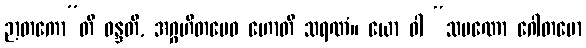
ဉာတကော”တိ ဝန္ဒတိ, အဂ္ဂဟိတမေဝ ဟောတိ သရဏံ။ ယော ဝါ “သမဏော ဂေါတမော